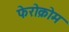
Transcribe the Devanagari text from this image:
फेरोक्रोम